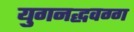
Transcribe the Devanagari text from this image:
युगनद्धवग्ग